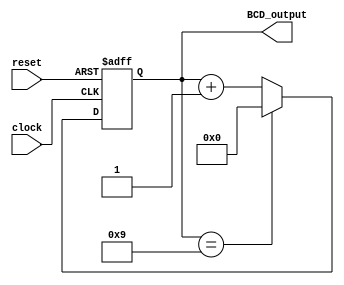
module BCD_Counter (
    input wire clock,
    input wire reset,
    output reg [3:0] BCD_output
);

reg [3:0] BCD_counter;

always @ (posedge clock or posedge reset) begin
    if (reset) begin
        BCD_counter <= 4'b0;
    end else begin
        if (BCD_counter == 4'b1001) begin
            BCD_counter <= 4'b0;
        end else begin
            BCD_counter <= BCD_counter + 1;
        end
    end
end

assign BCD_output = BCD_counter;

endmodule